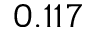
0 . 1 1 7